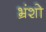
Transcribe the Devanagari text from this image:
भ्रंशो